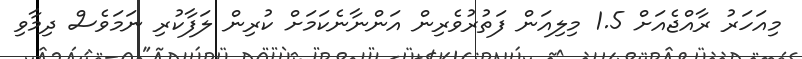
މިއަހަރު ރާއްޖެއަށް 1.5 މިލިއަން ފަތުރުވެރިން އަންނާނެކަމަށް ކުރިން ލަފާކުރި ނަމަވެސް ދިމާވި